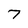
Character: 7